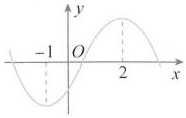
$$\frac{f^{\prime}(0)}{f^{\prime}(1)}=$$\underline。